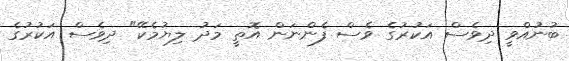
ބުނުއްވީ ދިވެސް އަކުރުގެ ވެސް ފެންނަން އޮތީ މަދު ލިޔުމެކޭ" ދިވެސް އަކުރުގެ